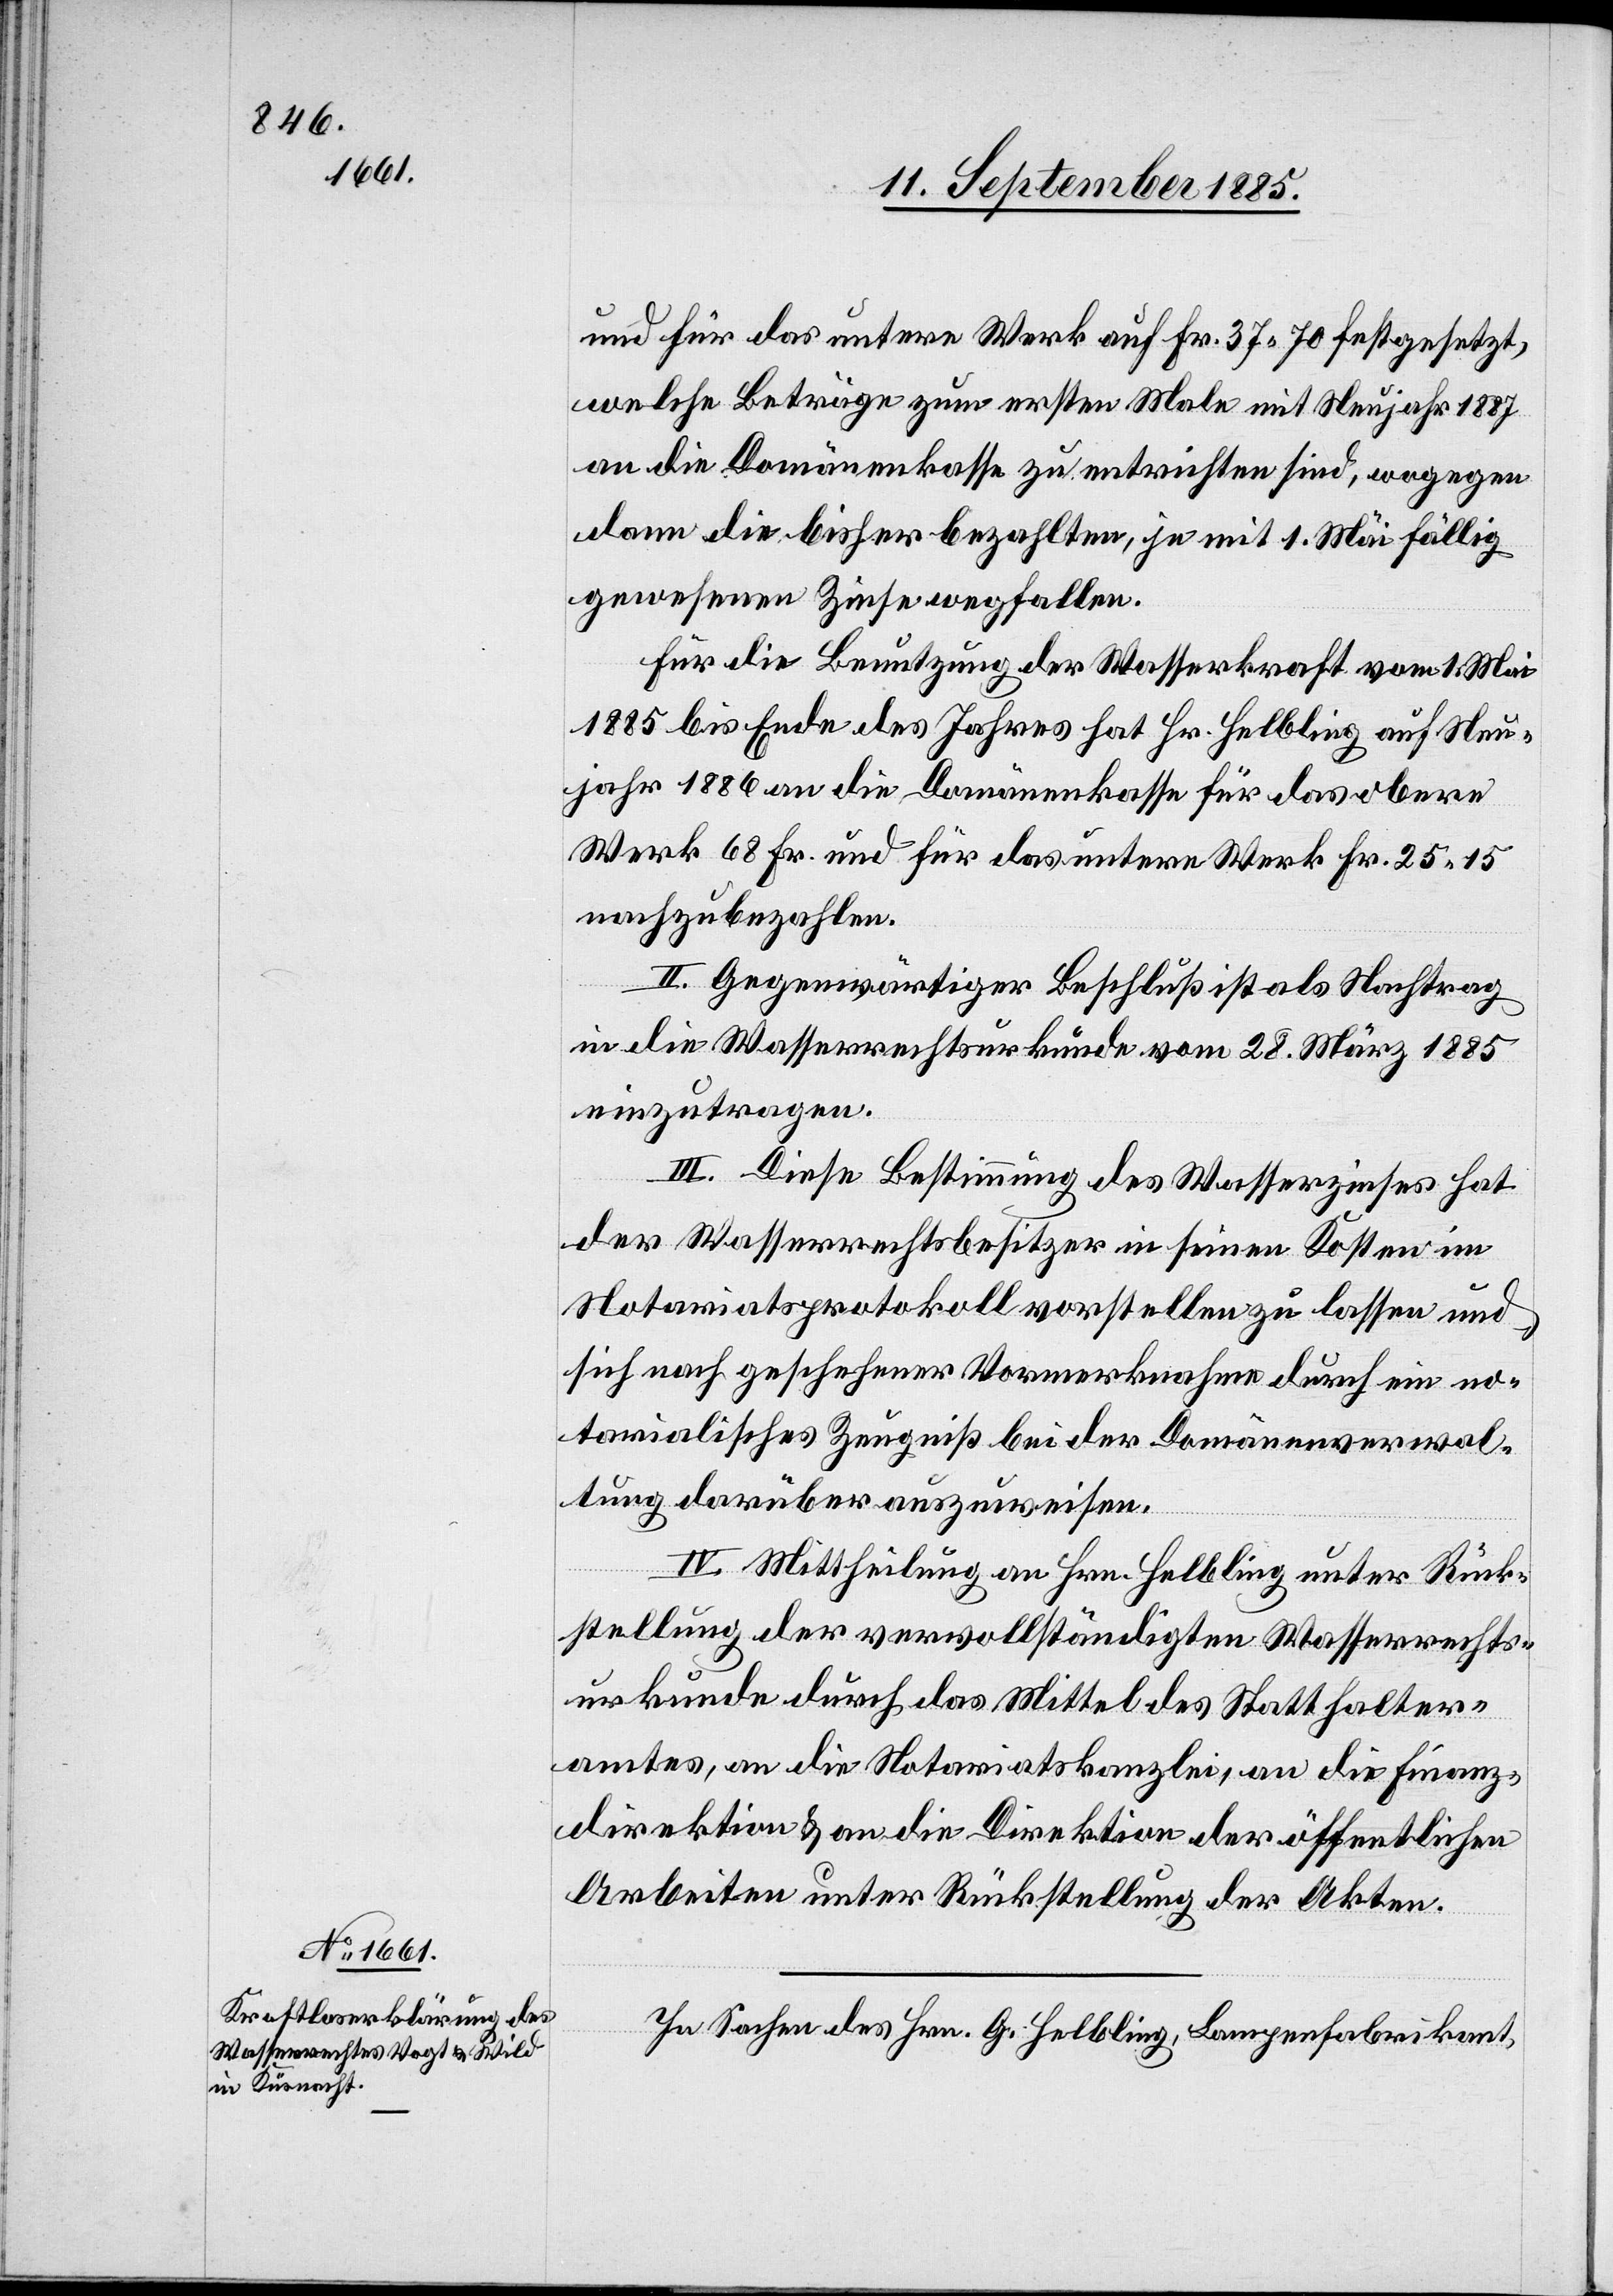
und für das untere Werk auf Fr. 37 70 festgesetzt,
welche Beträge zum ersten Male mit Neujahr 1887
an die Domänenkasse zu entrichten sind, wogegen
dann die bisher bezahlten, je mit 1. Mai fällig
gewesenen Zinse wegfallen.
Für die Benutzung der Wasserkraft vom 1. Mai
1885 bis Ende des Jahres hat Hr. Helbling auf Neu¬
jahr 1886 an die Domänenkasse für das obere
Werk 68 Fr. und für das untere Werk Fr. 25 15
nachzubezahlen.
II. Gegenwärtiger Beschluß ist als Nachtrag
in die Wasserrechtsurkunde vom 28. März 1885
einzutragen.
III. Diese Bestimmung des Wasserzinses hat
der Wasserrechtsbesitzer in seinen Kosten im
Notariatsprotokoll vorstellen zu lassen und
sich nach geschehener Vormerknahme durch ein no¬
tarialisches Zeugniß bei der Domänenverwal¬
tung darüber auszuweisen.
IV. Mittheilung an Hrn. Helbling unter Rück¬
stellung der vervollständigten Wasserrechts¬
urkunde durch das Mittel des Statthalter¬
amtes, an die Notariatskanzlei, an die Finanz¬
direktion & an die Direktion der öffentlichen
Arbeiten unter Rückstellung der Akten.
In Sachen des Hrn. G. Helbling, Lampenfabrikant,